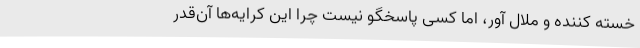
خسته کننده و ملال آور، اما کسی پاسخگو نیست چرا این کرایه‌ها آن‌قدر